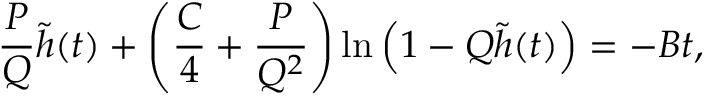
\frac { P } { Q } \tilde { h } ( t ) + \left( \frac { C } { 4 } + \frac { P } { Q ^ { 2 } } \right) \ln \Big ( 1 - Q \tilde { h } ( t ) \Big ) = - B t ,